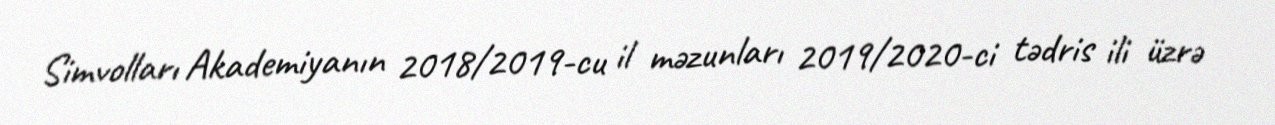
Simvolları Akademiyanın 2018/2019-cu il məzunları 2019/2020-ci tədris ili üzrə